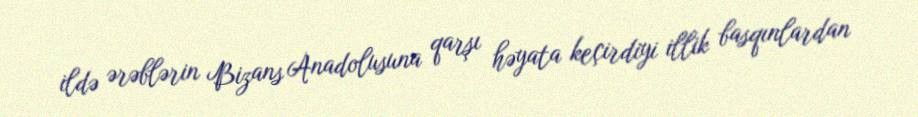
ildə ərəblərin Bizans Anadolusuna qarşı həyata keçirdiyi illik basqınlardan